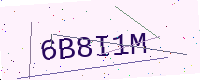
Text: 6B8I1M